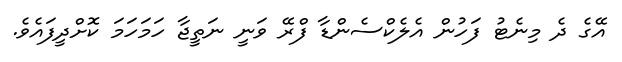
އޭގެ ދެ މިނެޓު ފަހުން އެލެކްސެންޑާ ފްރޭ ވަނީ ނަތީޖާ ހަމަހަމަ ކޮށްދީފައެވެ.